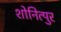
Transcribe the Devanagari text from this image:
शोनित्पुर